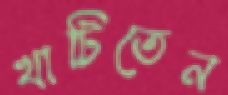
খাটিতেন